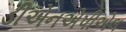
ડીએનએપીએલ